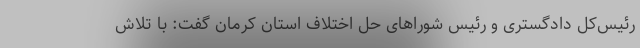
رئیس‌کل دادگستری و رئیس شوراهای حل اختلاف استان کرمان گفت: با تلاش